Leaving Certificate Examination (including Day School Certificate (Higher) General paper), 1932
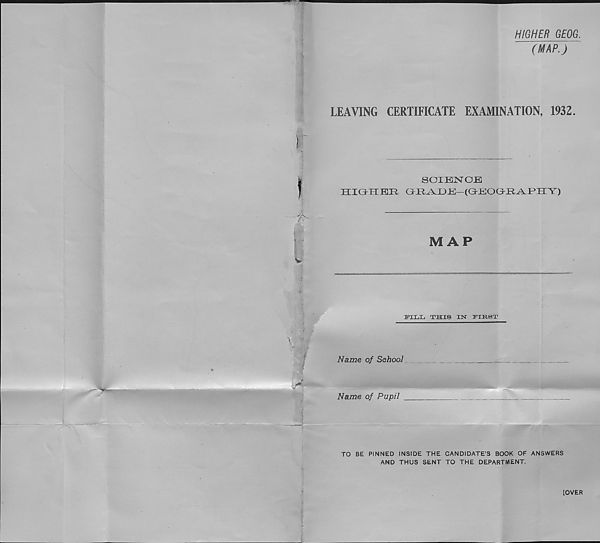
5? 'Eaex
SoiftKaruvaji, Sctnd-s .
' & t . Aixna.n‘&<£kapj
Fence Bcuy JSh
Fertcebc^y
Black. Bock ■ f—Jg $1
7 ccrZccnd.
bint J
^oK^irrv
JVhitei'ta
piaiuicrBtoi
KUtustU/g [38 Ik (
?ffioD&rv ,
"sland Barony (/
tool
2C
■ . ■ tepEJlRurhousi
■^ Quarry 281
’Wheal)
yncotei
iCUWOi
}<UJihat
lifonJct
?355 1/
1246/32. Crown. Cop i yi*fgh.t Reserved..
5 Miles
9000 Yards
lOOO
4000
7000
3000
6000
lOOO
3000
3000
II \(A
'tSs^l Jd. .
yj /
l / FlmTwddi
-j ' y >r